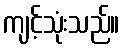
ကျင့်သုံးသည်။